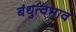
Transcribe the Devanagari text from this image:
बंधुत्वभाव